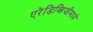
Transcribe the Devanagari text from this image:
एरेडिव्हिझीमध्ये